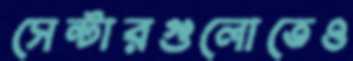
সেন্টারগুলোতেও